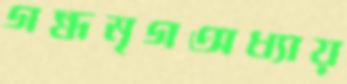
গন্ধমৃগঅধ্যায়